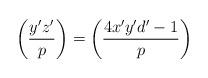
LaTeX: \begin{align*}\left(\frac{y'z'}{p}\right)=\left(\frac{4x'y'd'-1}{p}\right)\end{align*}